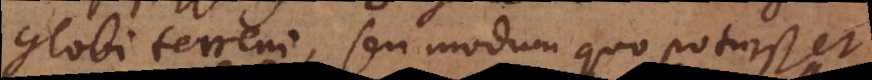
globi terreni, seu modum quo potuisset